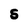
Character: S